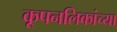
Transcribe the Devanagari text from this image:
कूपनलिकांच्या